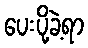
ပေးပို့ခဲ့ရာ